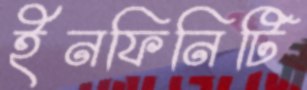
ইনফিনিটি